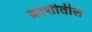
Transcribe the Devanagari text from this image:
क्रोशीतील